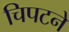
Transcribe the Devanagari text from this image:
चिपटने